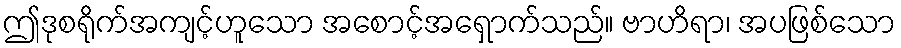
ဤဒုစရိုက်အကျင့်ဟူသော အစောင့်အရှောက်သည်။ ဗာဟိရာ၊ အပဖြစ်သော